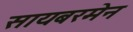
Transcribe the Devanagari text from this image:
सायबरमेन